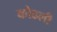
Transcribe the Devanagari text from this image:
कोढली